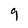
Character: 9